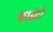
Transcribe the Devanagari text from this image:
फाइटो